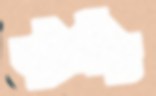
ত্রপু